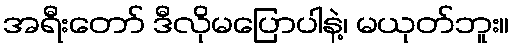
အရီးတော် ဒီလိုမပြောပါနဲ့၊ မယုတ်ဘူး။